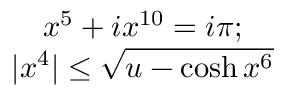
\begin{array} { c } { { x ^ { 5 } + i x ^ { 1 0 } = i \pi ; } } \\ { { | x ^ { 4 } | \leq \sqrt { u - \cosh x ^ { 6 } } } } \end{array}